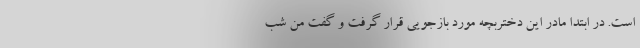
است. در ابتدا مادر این دختربچه مورد بازجویی قرار گرفت و گفت من شب